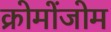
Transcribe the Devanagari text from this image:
क्रोमोंजोम